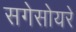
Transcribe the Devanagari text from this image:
सगेसोयरे